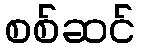
စစ်ဆင်